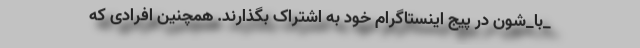
_با_شون در پیج اینستاگرام خود به اشتراک بگذارند. همچنین افرادی که